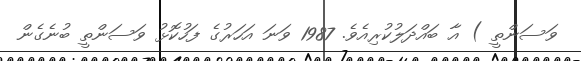
ވަސަންތީ ) އާ ބައްދަލުކުރިއެވެ. 1987 ވަނަ އަހަރުގެ ފަހުކޮޅު ވަސަންތީ ބުނެގެން